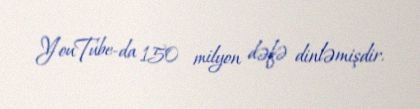
YouTube-da 150 milyon dəfə dinləmişdir.